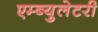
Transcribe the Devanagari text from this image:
एम्ब्युलेटरी